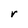
Character: r